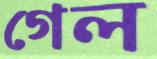
গেল